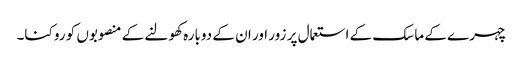
چہرے کے ماسک کے استعمال پر زور اور ان کے دوبارہ کھولنے کے منصوبوں کو روکنا۔